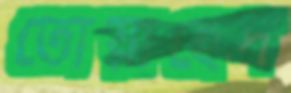
তোয়াহেদ